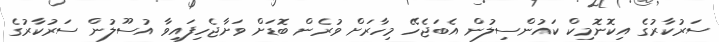
ސަރުކާރުގެ އިކޮނޮމިކް ކައުންސިލުން އެބަޖެހޭ މިހާރަށް ވުރެން ބޮޑަށް ވަށާޖެހިފައިވާ އުސޫލުން ސަރުކާރުގެ